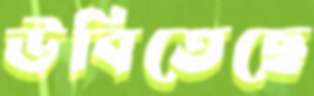
উবিতেছে